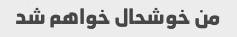
من خوشحال خواهم شد